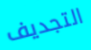
التجديف